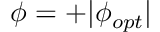
\phi = + | \phi _ { o p t } |